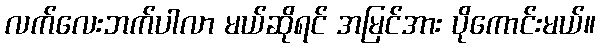
လက်လေးဘက်ပါလာ မယ်ဆိုရင် အမြင်အား ပိုကောင်းမယ်။